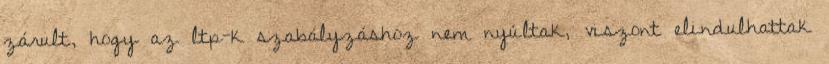
zárult, hogy az ltp-k szabályzáshoz nem nyúltak, viszont elindulhattak